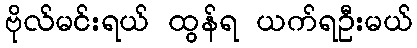
ဗိုလ်မင်းရယ် ထွန်ရ ယက်ရဦးမယ်